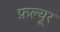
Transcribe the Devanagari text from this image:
फ़ल्यूर